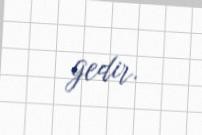
gedir.